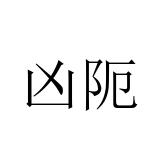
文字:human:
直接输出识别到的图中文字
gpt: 凶阨